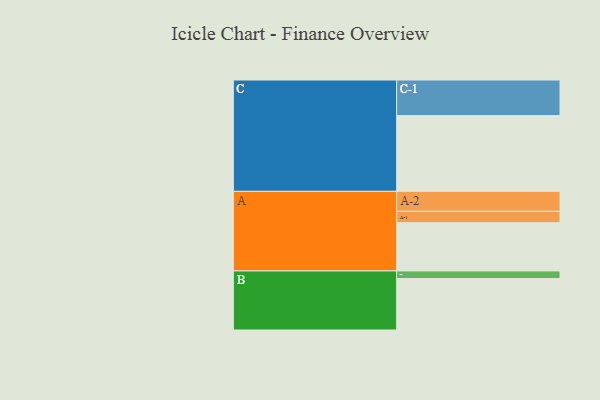
{"axis": {"x": "Segment", "y": "Value"}, "legend": ["", "A", "B", "C"], "data": [{"x": "A", "y": 362, "type": ""}, {"x": "B", "y": 386, "type": ""}, {"x": "C", "y": 568, "type": ""}, {"x": "A-1", "y": 85, "type": "A"}, {"x": "A-2", "y": 150, "type": "A"}, {"x": "B-1", "y": 57, "type": "B"}, {"x": "C-1", "y": 267, "type": "C"}]}